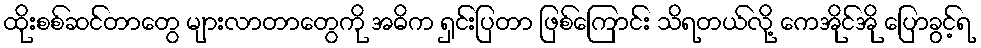
ထိုးစစ်ဆင်တာတွေ များလာတာတွေကို အဓိက ရှင်းပြတာ ဖြစ်ကြောင်း သိရတယ်လို့ ကေအိုင်အို ပြောခွင့်ရ